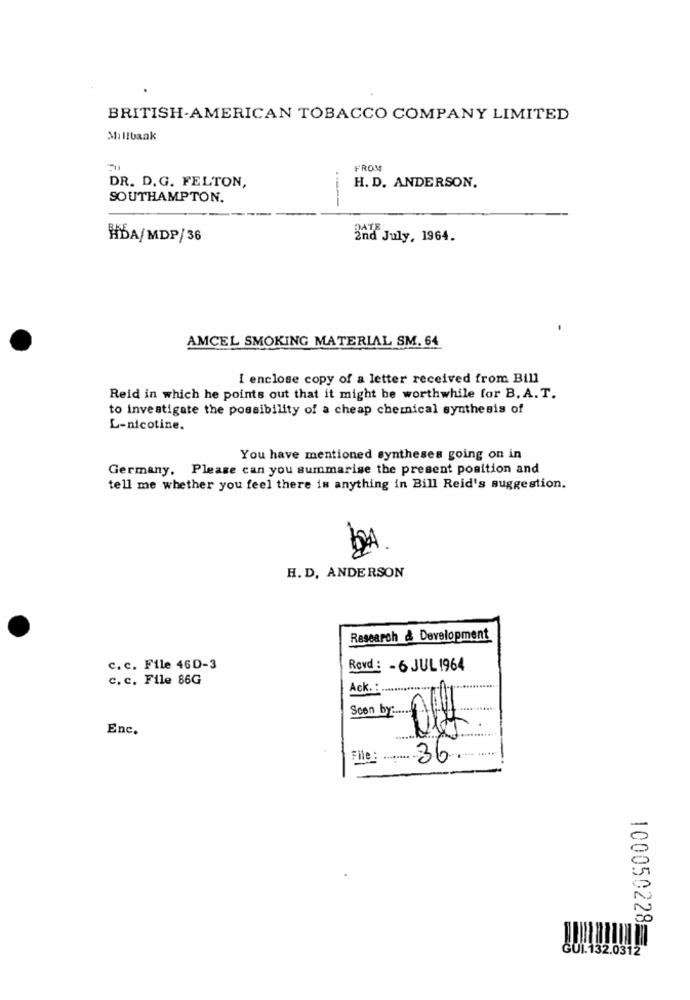
BRITISH-AMERICAN TOBACCO COMPANY LIMITED
FROM
DR. D. G. FELTON,
H. D. ANDERSON.
SOUTHAMPTON.
HBA/MDP/36
2nd July, 1964.
AMCEL SMOKING MATERIAL SM. 64
I enclose copy of a letter received from Bill
Reid in which he points out that it might be worthwhile for B. A.T.
to investigate the possibility of a cheap chemical synthesis of
L-nicotine.
You have mentioned syntheses going on in
Germany, Please can you summarise the present position and
tell me whether you feel there is anything in Bill Reid's suggestion.
H. D. ANDERSON
Research & Development
c. c. File 46D-3
Rovd : - 6 JUL 1964
c. c. File 86G
Ack. . .................
Soon by .......
Enc.
File :
36
100050228
GUI. 132.0312